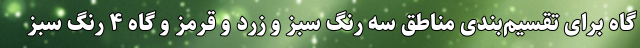
گاه برای تقسیم‌بندی مناطق سه رنگ سبز و زرد و قرمز و گاه ۴ رنگ سبز